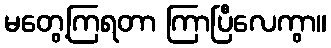
မတွေ့ကြရတာ ကြာပြီလေကွာ။